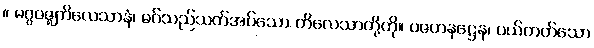
။ မဂ္ဂဝဇ္ဈကိလေသာနံ၊ မဂ်သည်သတ်အပ်သော ကိလေသာတို့ကို။ ပဇဟနဋ္ဌေန၊ ပယ်တတ်သော